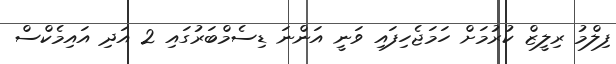
ފިލްމު ރިލީޒް ކުރުމަށް ހަމަޖެހިފައި ވަނީ އަންނަ ޑިސެމްބަރުގައި 2 އަދި އައިމެކްސް